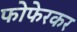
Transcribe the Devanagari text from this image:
फोफेरकर